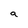
Character: a